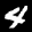
Label: 4